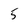
Character: 5